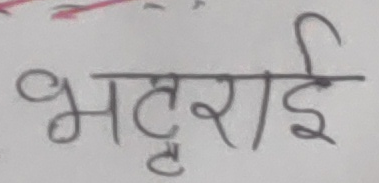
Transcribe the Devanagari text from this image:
भट्टराई